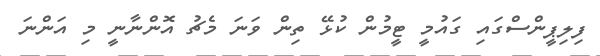
ފިލިޕީންސްގައި ގައުމީ ޓީމުން ކުޅޭ ތިން ވަނަ މެޗު އޮންނާނީ މި އަންނަ